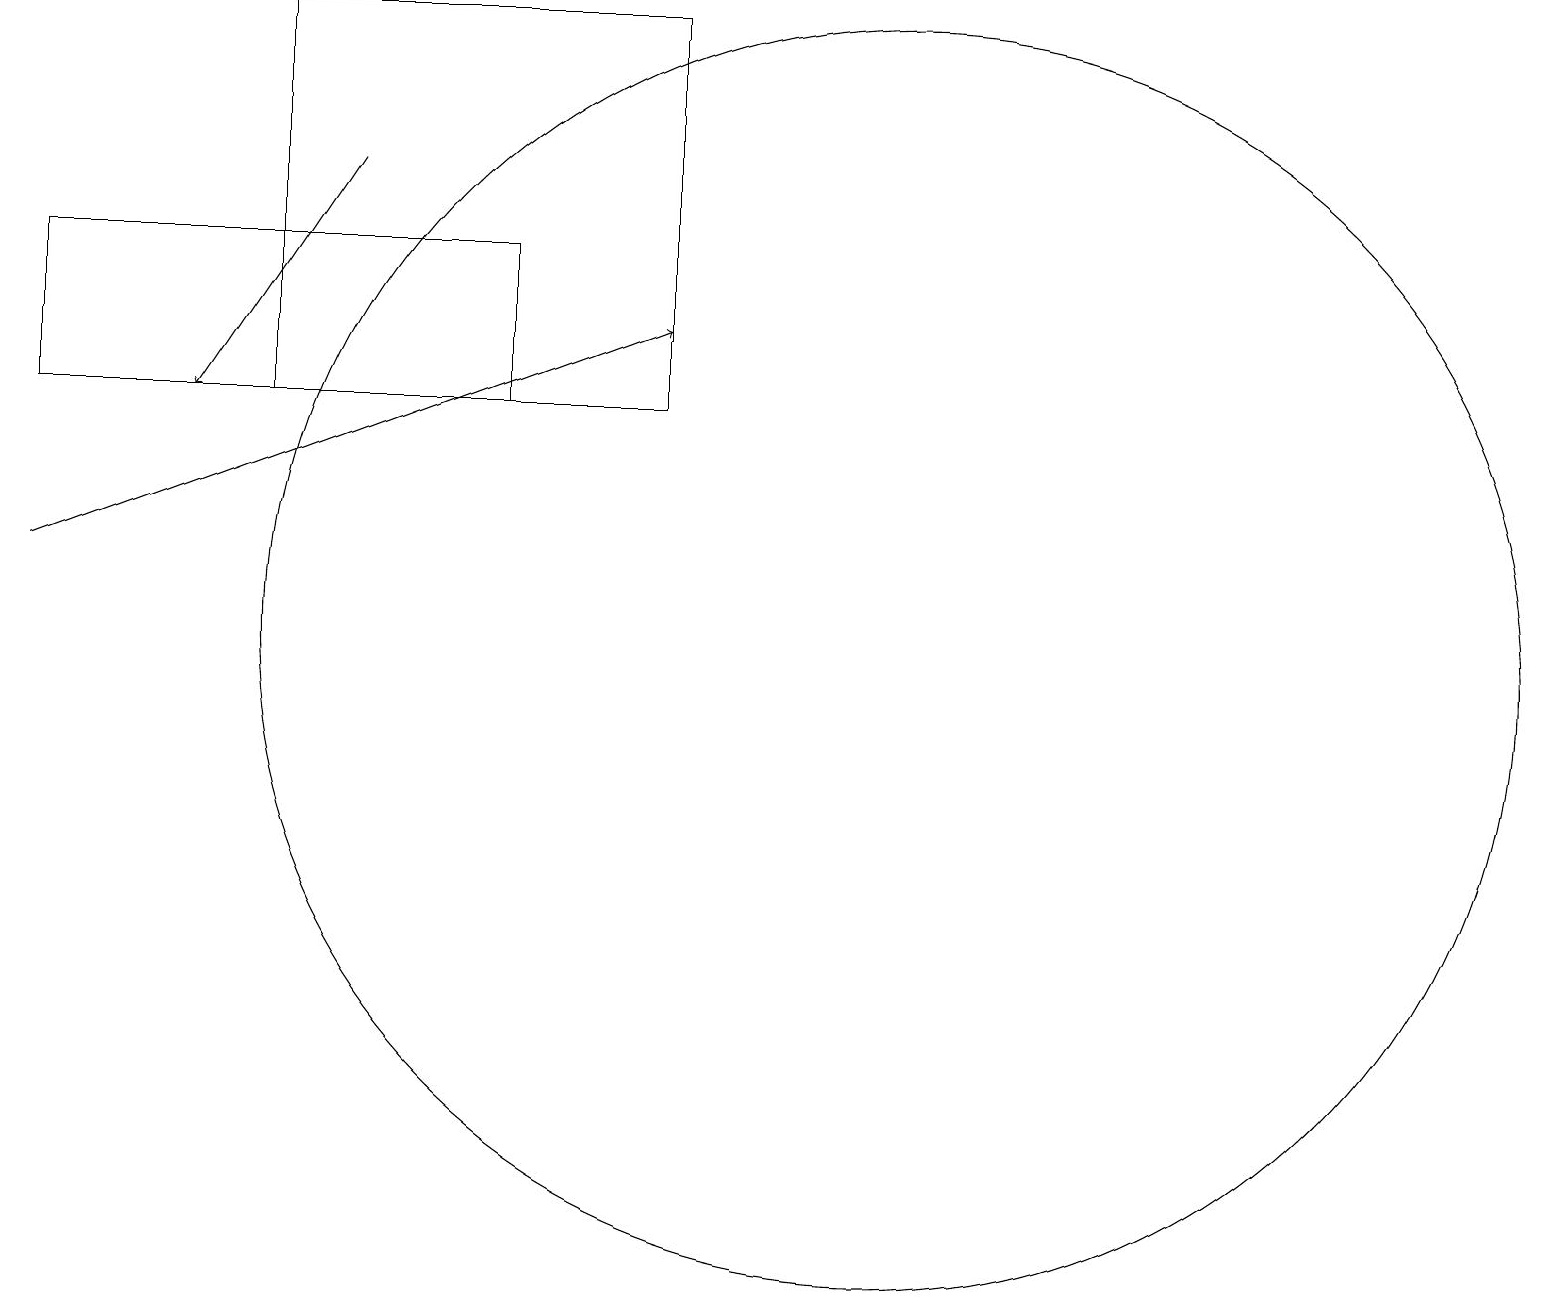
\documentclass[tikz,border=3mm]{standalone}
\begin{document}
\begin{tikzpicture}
\draw[->] (0,11) -- (8,14);
\draw (3,13) rectangle (8,18);
\draw[->] (4,16) -- (2,13);
\draw (6,15) rectangle (0,13);
\draw (11,10) circle (8);
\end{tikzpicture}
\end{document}